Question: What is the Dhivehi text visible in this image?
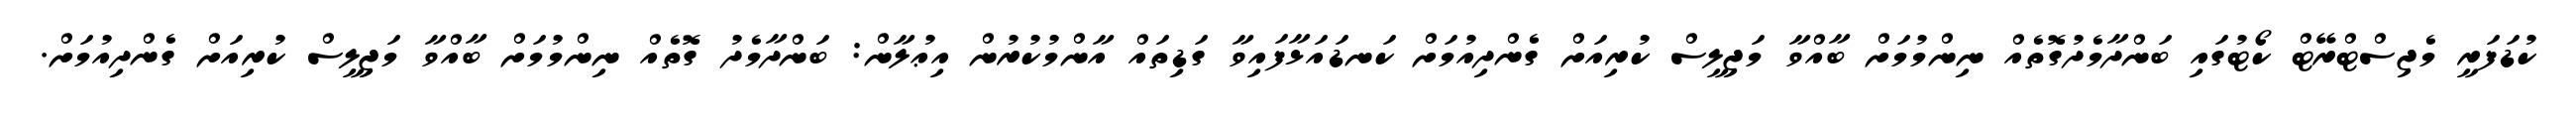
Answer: ކުޑަފަރީ މެޖިސްޓްރޭޓް ކޯޓުގައި ބަންދާމެދުގޮތެއް ނިންމުމަށް ބާއްވާ މަޖިލީސް ކުރިއަށް ގެންދިއުމަށް ކަނޑައަޅާފައިވާ ގަޑިތައް އާންމުކުރުން އިޢުލާން: ބަންދާމެދު ގޮތެއް ނިންމުމަށް ބާއްވާ މަޖިލީސް ކުރިއަށް ގެންދިއުމަށް.